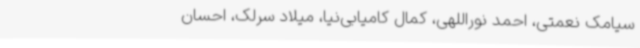
سیامک نعمتی، احمد نوراللهی، کمال‌ کامیابی‌نیا، میلاد سرلک، احسان